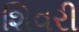
શિવરી